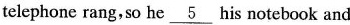
telephone rang, so he \underline{5} his notebook and